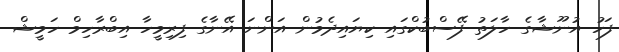
ފަހު އުނޫޝާގެ ހާލަތު ފޭސްބުކްގައި ކިޔައިދެމުން އަންނަ އޭނާގެ ފިރިމީހާ އިބްރާހިމް ހަމީޝް